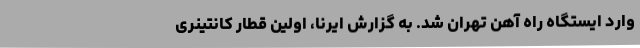
وارد ایستگاه راه آهن تهران شد. به گزارش ایرنا، اولین قطار کانتینری